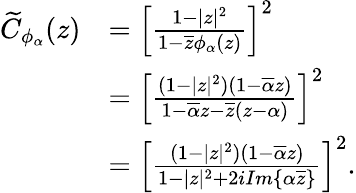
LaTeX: \begin{array}{rl}{\widetilde{C}_{\phi_{\alpha}}(z)}&{=\left[\frac{1-|z|^{2}}{1-\overline{{z}}\phi_{\alpha}(z)}\right]^{2}}\\ &{=\left[\frac{(1-|z|^{2})(1-\overline{{\alpha}}z)}{1-\overline{{\alpha}}z-\overline{{z}}(z-\alpha)}\right]^{2}}\\ &{=\left[\frac{(1-|z|^{2})(1-\overline{{\alpha}}z)}{1-|z|^{2}+2iIm\{ \alpha\overline{{z}}\} }\right]^{2}.}\end{array}